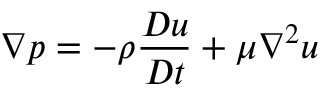
\nabla p = - \rho \frac { D \boldsymbol { u } } { D t } + \mu \nabla ^ { 2 } \boldsymbol { u }